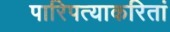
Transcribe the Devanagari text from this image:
पारिपत्याकरितां